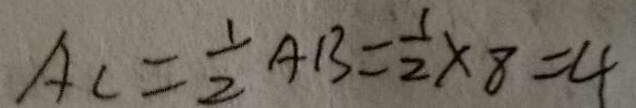
A _ { c } = \frac { 1 } { 2 } A B = \frac { 1 } { 2 } \times 8 = 4